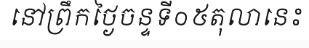
នៅព្រឹកថ្ងៃចន្ទទី០៥តុលានេះ